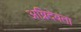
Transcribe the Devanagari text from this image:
अग्निदेवता